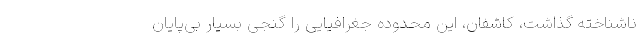
ناشناخته گذاشت، کاشفان، این محدوده جغرافیایی را گنجی بسیار بی‌پایان